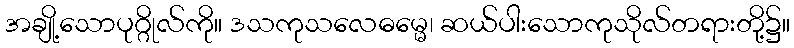
အချို့သောပုဂ္ဂိုလ်ကို။ ဒသကုသလေဓမ္မေ၊ ဆယ်ပါးသောကုသိုလ်တရားတို့၌။